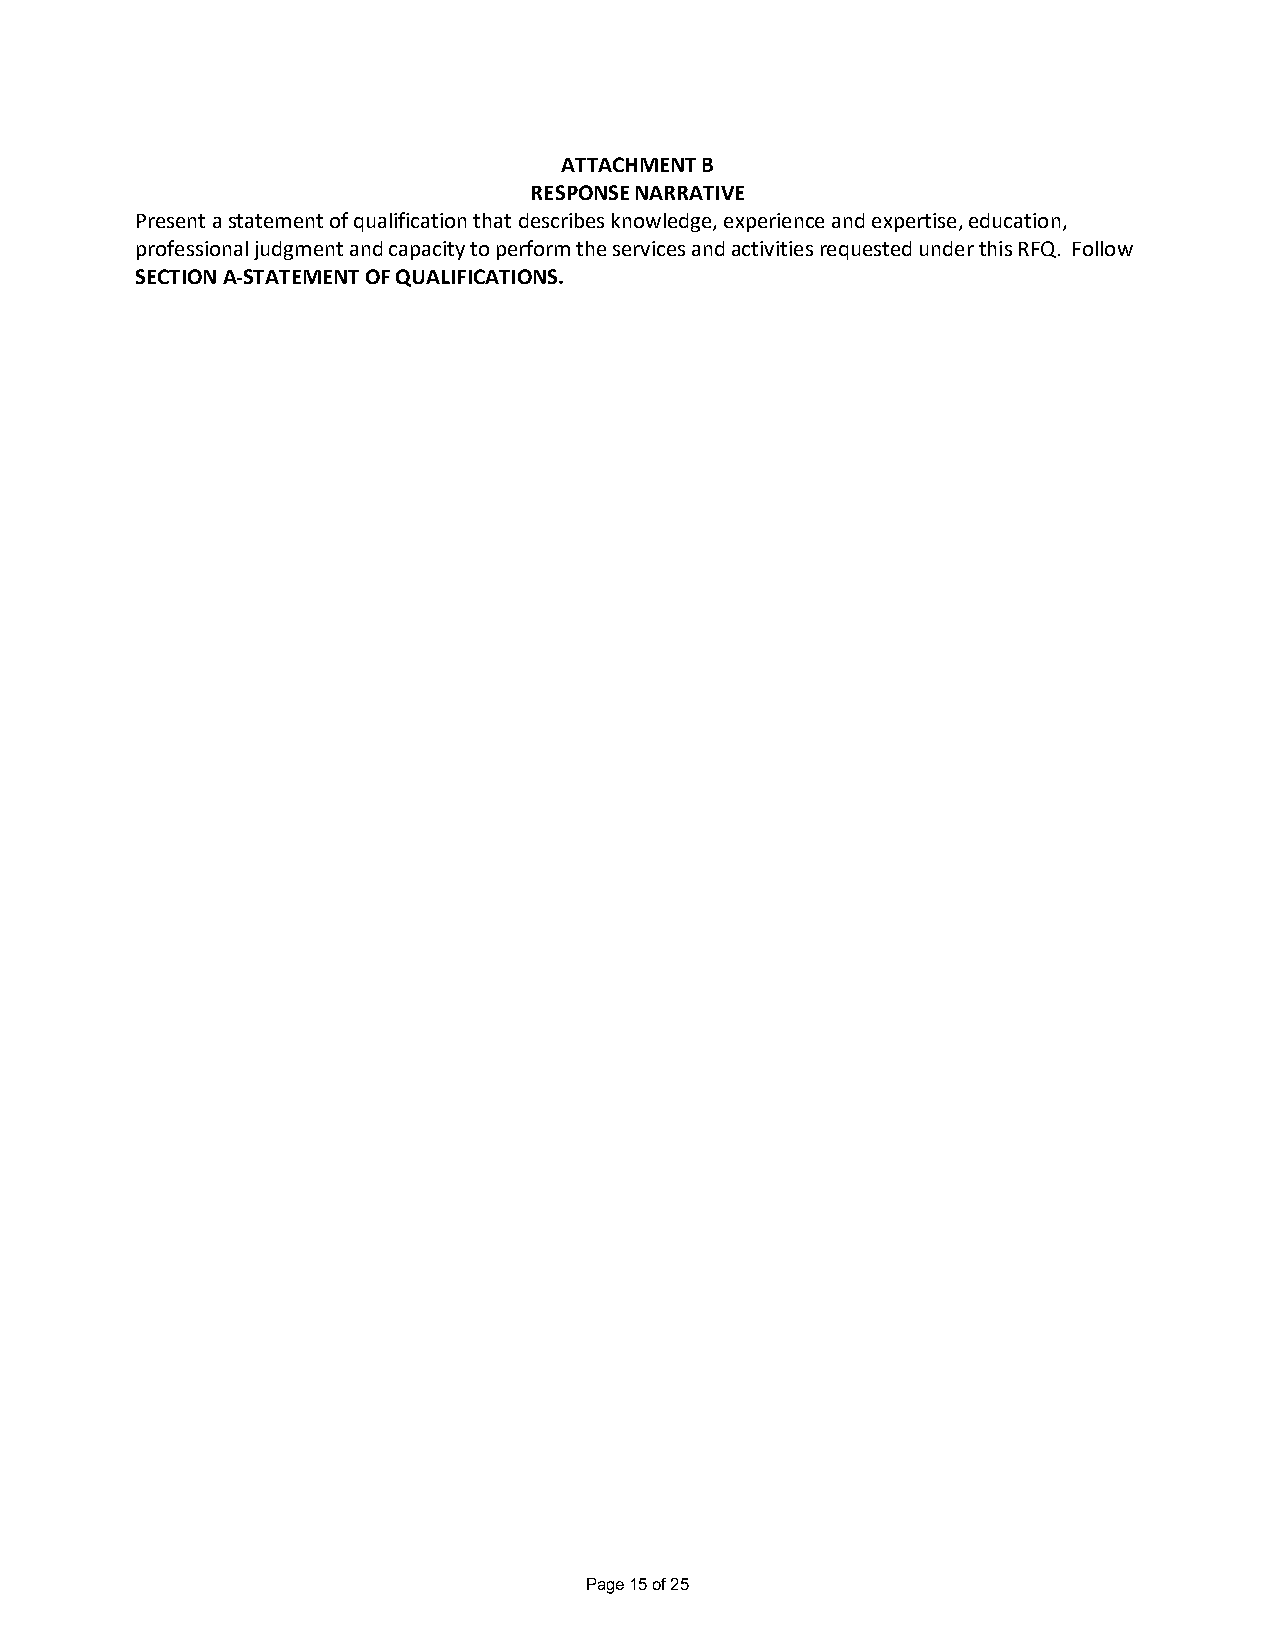
ATTACHMENT B
 RESPONSE NARRATIVE
 Present a statement of qualification that describes knowledge, experience and expertise, education,
 professional judgment and capacity to perform the services and activities requested under this RFQ. Follow
 SECTION A‐STATEMENT OF QUALIFICATIONS.
 Page 15 of 25